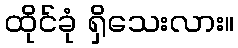
ထိုင်ခုံ ရှိသေးလား။